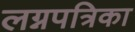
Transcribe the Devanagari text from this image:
लग्नपत्रिका